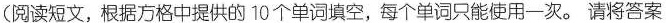
(阅读短文,根据方格中提供的 10个单词填空,每个单词只能使用一次. 请将答案